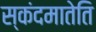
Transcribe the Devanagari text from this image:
स्कंदमातेति